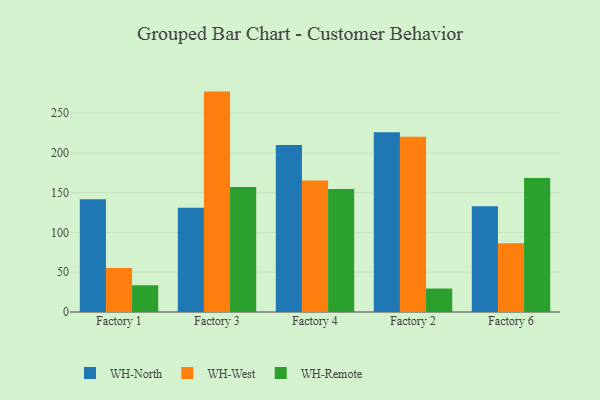
{"axis": {"x": "Factory", "y": "Operating Costs (USD K)"}, "legend": ["WH-North", "WH-Remote", "WH-West"], "data": [{"x": "Factory 1", "y": 141.8, "type": "WH-North"}, {"x": "Factory 1", "y": 55.3, "type": "WH-West"}, {"x": "Factory 1", "y": 33.6, "type": "WH-Remote"}, {"x": "Factory 3", "y": 131.2, "type": "WH-North"}, {"x": "Factory 3", "y": 277.1, "type": "WH-West"}, {"x": "Factory 3", "y": 157.1, "type": "WH-Remote"}, {"x": "Factory 4", "y": 210.1, "type": "WH-North"}, {"x": "Factory 4", "y": 165.2, "type": "WH-West"}, {"x": "Factory 4", "y": 154.8, "type": "WH-Remote"}, {"x": "Factory 2", "y": 226.1, "type": "WH-North"}, {"x": "Factory 2", "y": 220.3, "type": "WH-West"}, {"x": "Factory 2", "y": 29.5, "type": "WH-Remote"}, {"x": "Factory 6", "y": 132.9, "type": "WH-North"}, {"x": "Factory 6", "y": 86.4, "type": "WH-West"}, {"x": "Factory 6", "y": 168.5, "type": "WH-Remote"}]}